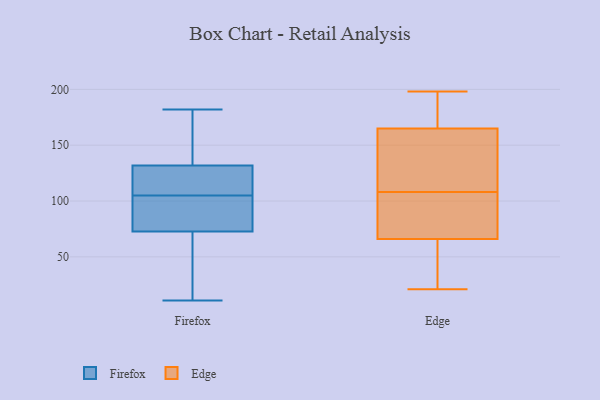
{"axis": {"x": "Tickets Resolved", "y": "Value"}, "legend": ["Edge", "Firefox"], "data": [{"x": "", "y": 114, "type": "Firefox"}, {"x": "", "y": 81, "type": "Firefox"}, {"x": "", "y": 176, "type": "Firefox"}, {"x": "", "y": 130, "type": "Firefox"}, {"x": "", "y": 13, "type": "Firefox"}, {"x": "", "y": 182, "type": "Firefox"}, {"x": "", "y": 137, "type": "Firefox"}, {"x": "", "y": 105, "type": "Firefox"}, {"x": "", "y": 115, "type": "Firefox"}, {"x": "", "y": 41, "type": "Firefox"}, {"x": "", "y": 11, "type": "Firefox"}, {"x": "", "y": 76, "type": "Firefox"}, {"x": "", "y": 63, "type": "Firefox"}, {"x": "", "y": 104, "type": "Firefox"}, {"x": "", "y": 142, "type": "Firefox"}, {"x": "", "y": 102, "type": "Firefox"}, {"x": "", "y": 124, "type": "Firefox"}, {"x": "", "y": 183, "type": "Edge"}, {"x": "", "y": 42, "type": "Edge"}, {"x": "", "y": 165, "type": "Edge"}, {"x": "", "y": 21, "type": "Edge"}, {"x": "", "y": 100, "type": "Edge"}, {"x": "", "y": 103, "type": "Edge"}, {"x": "", "y": 174, "type": "Edge"}, {"x": "", "y": 40, "type": "Edge"}, {"x": "", "y": 198, "type": "Edge"}, {"x": "", "y": 190, "type": "Edge"}, {"x": "", "y": 113, "type": "Edge"}, {"x": "", "y": 100, "type": "Edge"}, {"x": "", "y": 72, "type": "Edge"}, {"x": "", "y": 25, "type": "Edge"}, {"x": "", "y": 66, "type": "Edge"}, {"x": "", "y": 164, "type": "Edge"}, {"x": "", "y": 126, "type": "Edge"}, {"x": "", "y": 140, "type": "Edge"}]}